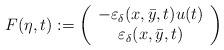
LaTeX: \begin{align*}\begin{aligned}F(\eta,t) & := \left(\begin{array}{c}- \varepsilon_\delta({x},\bar{y},t) u(t) \\\varepsilon_\delta({x},\bar{y},t)\end{array}\right)\end{aligned}\end{align*}